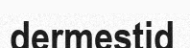
dermestid